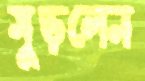
মুড়লেন